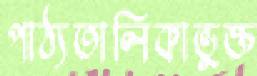
পাঠ্যতালিকাভুক্ত